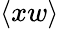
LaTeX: \langle xw\rangle